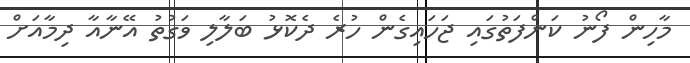
މާހިން ފޯނު ކަންފަތުގައި ޖަހައިގެން ހުރެ ދެކޮޅު ބަލާލި ވަގުތު އޭނާއާ ދިމާއަށް